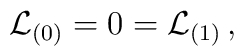
{\cal L}_{(0)} = 0 = {\cal L}_{(1)} \,,